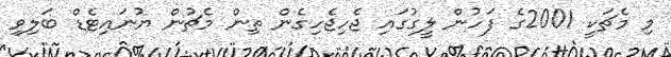
މި މެޗަކީ 2001ގެ ފަހުން ލީގުގައި ޖެހިޖެހިގެން ތިން މެޗުން ޔުނައިޓެޑް ބަލިވި